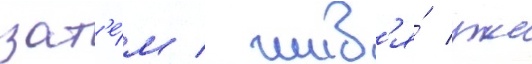
зат'е́м / жив'я́ уже